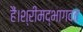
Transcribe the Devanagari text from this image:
हैं।श्रीमद्भागवत